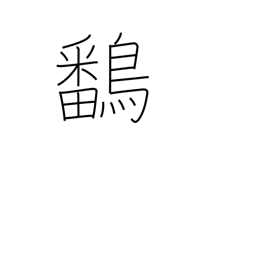
Meaning: gallinulle